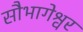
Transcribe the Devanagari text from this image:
सौभागेश्वर